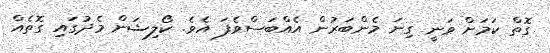
ގޮތް ކަމަށް ވަނީ ގިނަ މެންބަރުން އެއްބަސްވެފަ އެވެ. ކޯލިޝަން މެދުގައި ގޮތެއް